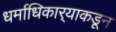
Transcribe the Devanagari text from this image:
धर्माधिकार्‍याकडून